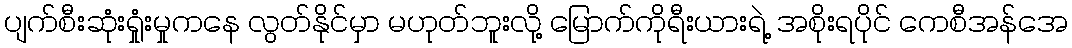
ပျက်စီးဆုံးရှုံးမှုကနေ လွတ်နိုင်မှာ မဟုတ်ဘူးလို့ မြောက်ကိုရီးယားရဲ့ အစိုးရပိုင် ကေစီအန်အေ